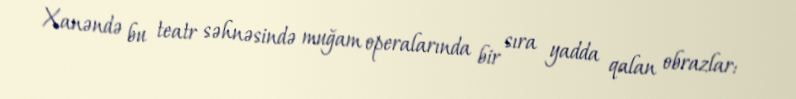
Xanəndə bu teatr səhnəsində muğam operalarında bir sıra yadda qalan obrazlar: